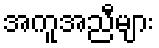
အကူအညီများ